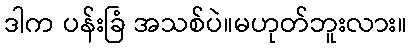
ဒါက ပန်းခြံ အသစ်ပဲ။မဟုတ်ဘူးလား။